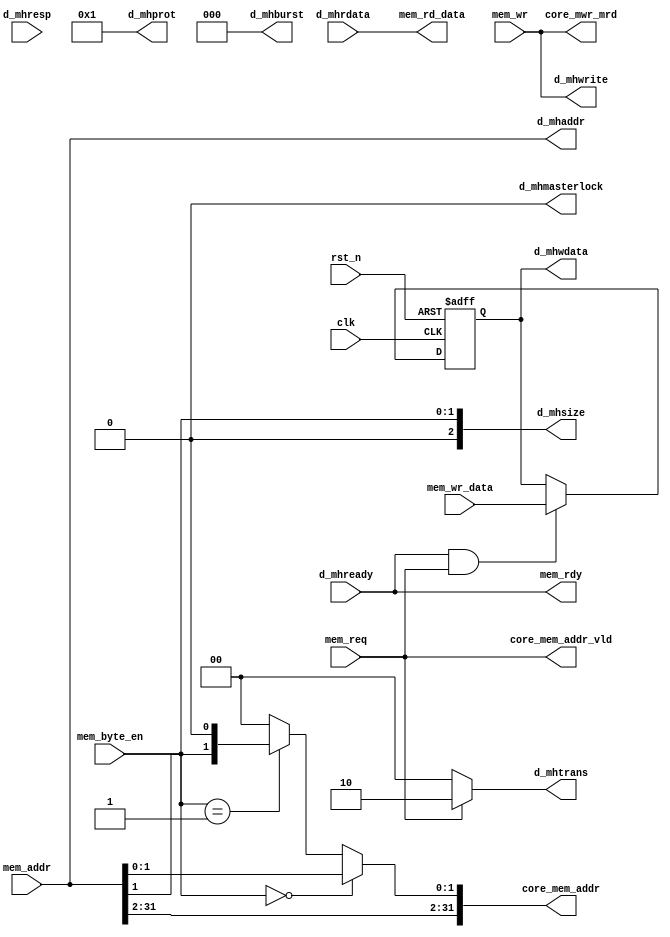

//************************************************************************//
//PODES:    Processor Optimization for Deeply Embedded System                                                                 
//Web:      www.mcucore.club                        
//Bug report: sunyata.peng@foxmail.com                                                                          
//Q_Q:   2143971503         
//************************************************************************//
//                                                                          
//  PODES_M0O - PODES IP Core                              
//                                      
//                                                                          
//  This library is free software; you can redistribute it and/or           
//  modify it under the terms of the GNU Lesser General Public              
//  License as published by the Free Software Foundation; either            
//  version 2.1 of the License, or (at your option) any later version.      
//                                                                          
//  This library is distributed in the hope that it will be useful,         
//  but WITHOUT ANY WARRANTY; without even the implied warranty of          
//  MERCHANTABILITY or FITNESS FOR A PARTICULAR PURPOSE.  See the GNU       
//  Lesser General Public License for more details.                         
//                                                                          
//  Full details of the license can be found in the file LGPL.TXT.          
//                                                                          
//  You should have received a copy of the GNU Lesser General Public        
//  License along with this library; if not, write to the Free Software     
//  Foundation, Inc., 59 Temple Place, Suite 330, Boston, MA 02111-1307 USA 
//                                                                          
//************************************************************************//
// Version     : 1.0
// Description : Internal memory access signals to AMBA master bus.
//               
// -----------------------------History-----------------------------------//
// Date      BY   Version  Change Description
//
// 20200101  PODES   1.0      Initial Release. 
//                                                                        
//************************************************************************//
// --- CVS information:
// ---    $Author: $
// ---    $Revision: $
// ---    $Id: $
// ---    $Log$ 
//
//************************************************************************//

module data_access (
             clk,
             rst_n,
             
             mem_addr,
             mem_wr,
             mem_byte_en,
             mem_req,
             mem_wr_data,
             mem_rd_data,
             mem_rdy,
             core_mem_addr ,
             core_mem_addr_vld ,
             core_mwr_mrd ,
             
             d_mhaddr,
             d_mhtrans,
             d_mhwrite,
             d_mhwdata,
             d_mhsize,
             d_mhburst,
             d_mhprot,
             d_mhmasterlock,
             d_mhrdata,
             d_mhready,
             d_mhresp
             );

             
//-----------------------------------------------------------//
//                      INPUTS, OUTPUTS                      //
//-----------------------------------------------------------//
input             clk  ;
input             rst_n;
         
input [31:0]      mem_addr ;
input             mem_wr;
input [1:0]       mem_byte_en  ;
input             mem_req  ;
input [31:0]      mem_wr_data;
output[31:0]      mem_rd_data;
output            mem_rdy    ;
output [31:0]     core_mem_addr;
output            core_mem_addr_vld;
output            core_mwr_mrd;
           
output [31:0]      d_mhaddr ;
output [1:0]       d_mhtrans;
output             d_mhwrite;
output [31:0]      d_mhwdata;
output [2:0]       d_mhsize ;
output [2:0]       d_mhburst;
output [3:0]       d_mhprot ;
output             d_mhmasterlock;
input  [31:0]      d_mhrdata;
input              d_mhready;
input              d_mhresp ;


//-----------------------------------------------------------//
//                    REGISTERS & WIRES                      //
//-----------------------------------------------------------//

wire[31:0]      mem_rd_data;
wire            mem_rdy    ;
   
wire [31:0]      d_mhaddr ;
wire [2:0]       d_mhburst;
wire             d_mhmasterlock;
wire [3:0]       d_mhprot ;
wire [2:0]       d_mhsize ;
wire [1:0]       d_mhtrans;
reg [31:0]       d_mhwdata;
wire             d_mhwrite;

wire [1:0]      tmp_byte_en;

//-----------------------------------------------------------//
//                          PARAMETERS                       //
//-----------------------------------------------------------//
parameter NOSEQ  = 2'b10;
parameter IDLE   = 2'b00;


//-----------------------------------------------------------//
//                          ARCHITECTURE                     //
//-----------------------------------------------------------//

//---------------
//For debugger
//---------------
assign   core_mem_addr = (mem_byte_en == 2'b00)? {mem_addr} :
                         ((mem_byte_en == 2'b01)? {mem_addr[31:1], 1'b0} : {mem_addr[31:2], 2'b0});  
assign   core_mem_addr_vld = mem_req;
assign   core_mwr_mrd = mem_wr;

//---------------
//To BUS
//---------------
assign d_mhaddr       = mem_addr;

assign d_mhburst      = 3'b000;

assign d_mhmasterlock = 1'b0;

assign d_mhprot       = 4'b0001;

assign d_mhsize       = {1'b0, mem_byte_en};

assign d_mhtrans      = (mem_req == 1'b1) ? NOSEQ : IDLE;


always@ (posedge clk or negedge rst_n)
begin
  if (!rst_n)
    d_mhwdata <= 32'b0;
  else if (d_mhready && mem_req) 
    d_mhwdata <=  mem_wr_data;
end

assign d_mhwrite      = mem_wr;

assign mem_rdy      = d_mhready;

assign mem_rd_data  = d_mhrdata;


endmodule